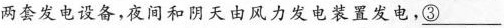
两套发电设备，夜间和阴天由风力发电装置发电，\underline{③}，